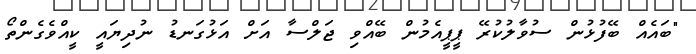
"ބައެއް ބޭފުޅުން ސުވާލުކުރޭ ޕީޕީއެމުން ބޭއްވި ޖަލްސާ އަށް އަޅުގަނޑު ނުދިޔައީ ކީއްވެގެންތޯ